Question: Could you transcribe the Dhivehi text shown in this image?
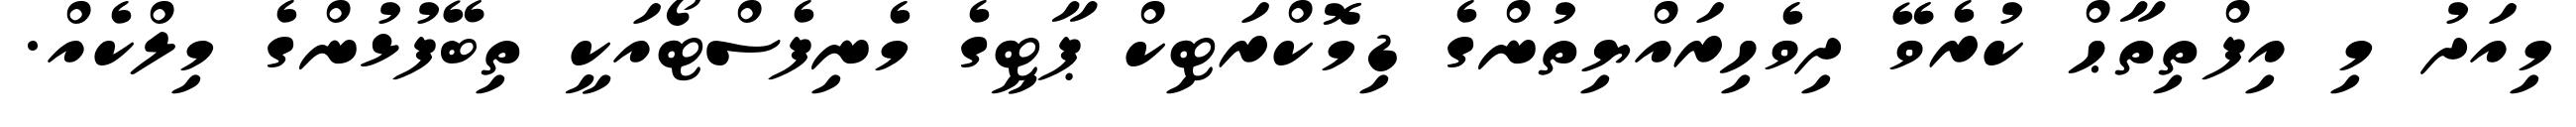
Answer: މިއަދު މި އިފްތިތާޙް ކުރެވޭ ދިވެހިރައްޔިތުންގެ ޑިމޮކްރަޓިކް ޕާޓީގެ މެނިފެސްޓޯއަކީ ތިބޭފުޅުންގެ މިލްކެއް.